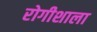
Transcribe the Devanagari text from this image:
रोगीशाला